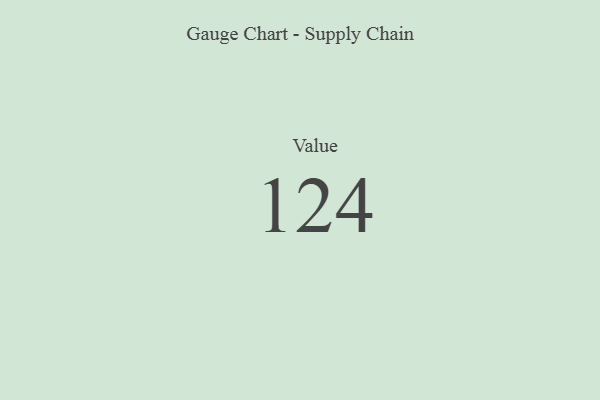
{"axis": {"x": "Metric", "y": "Value"}, "legend": [""], "data": [{"x": "Value", "y": 124, "type": ""}]}